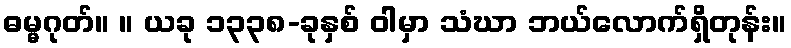
ဓမ္မဂုတ်။ ။ ယခု ၁၃၃၈-ခုနှစ် ဝါမှာ သံဃာ ဘယ်လောက်ရှိတုန်း။